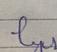
Signature authenticity: forged